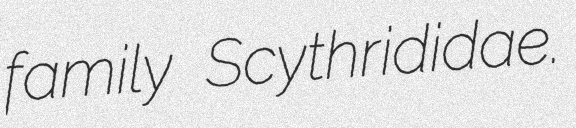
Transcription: family Scythrididae.